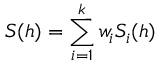
S ( h ) = \sum _ { i = 1 } ^ { k } w _ { i } S _ { i } ( h )